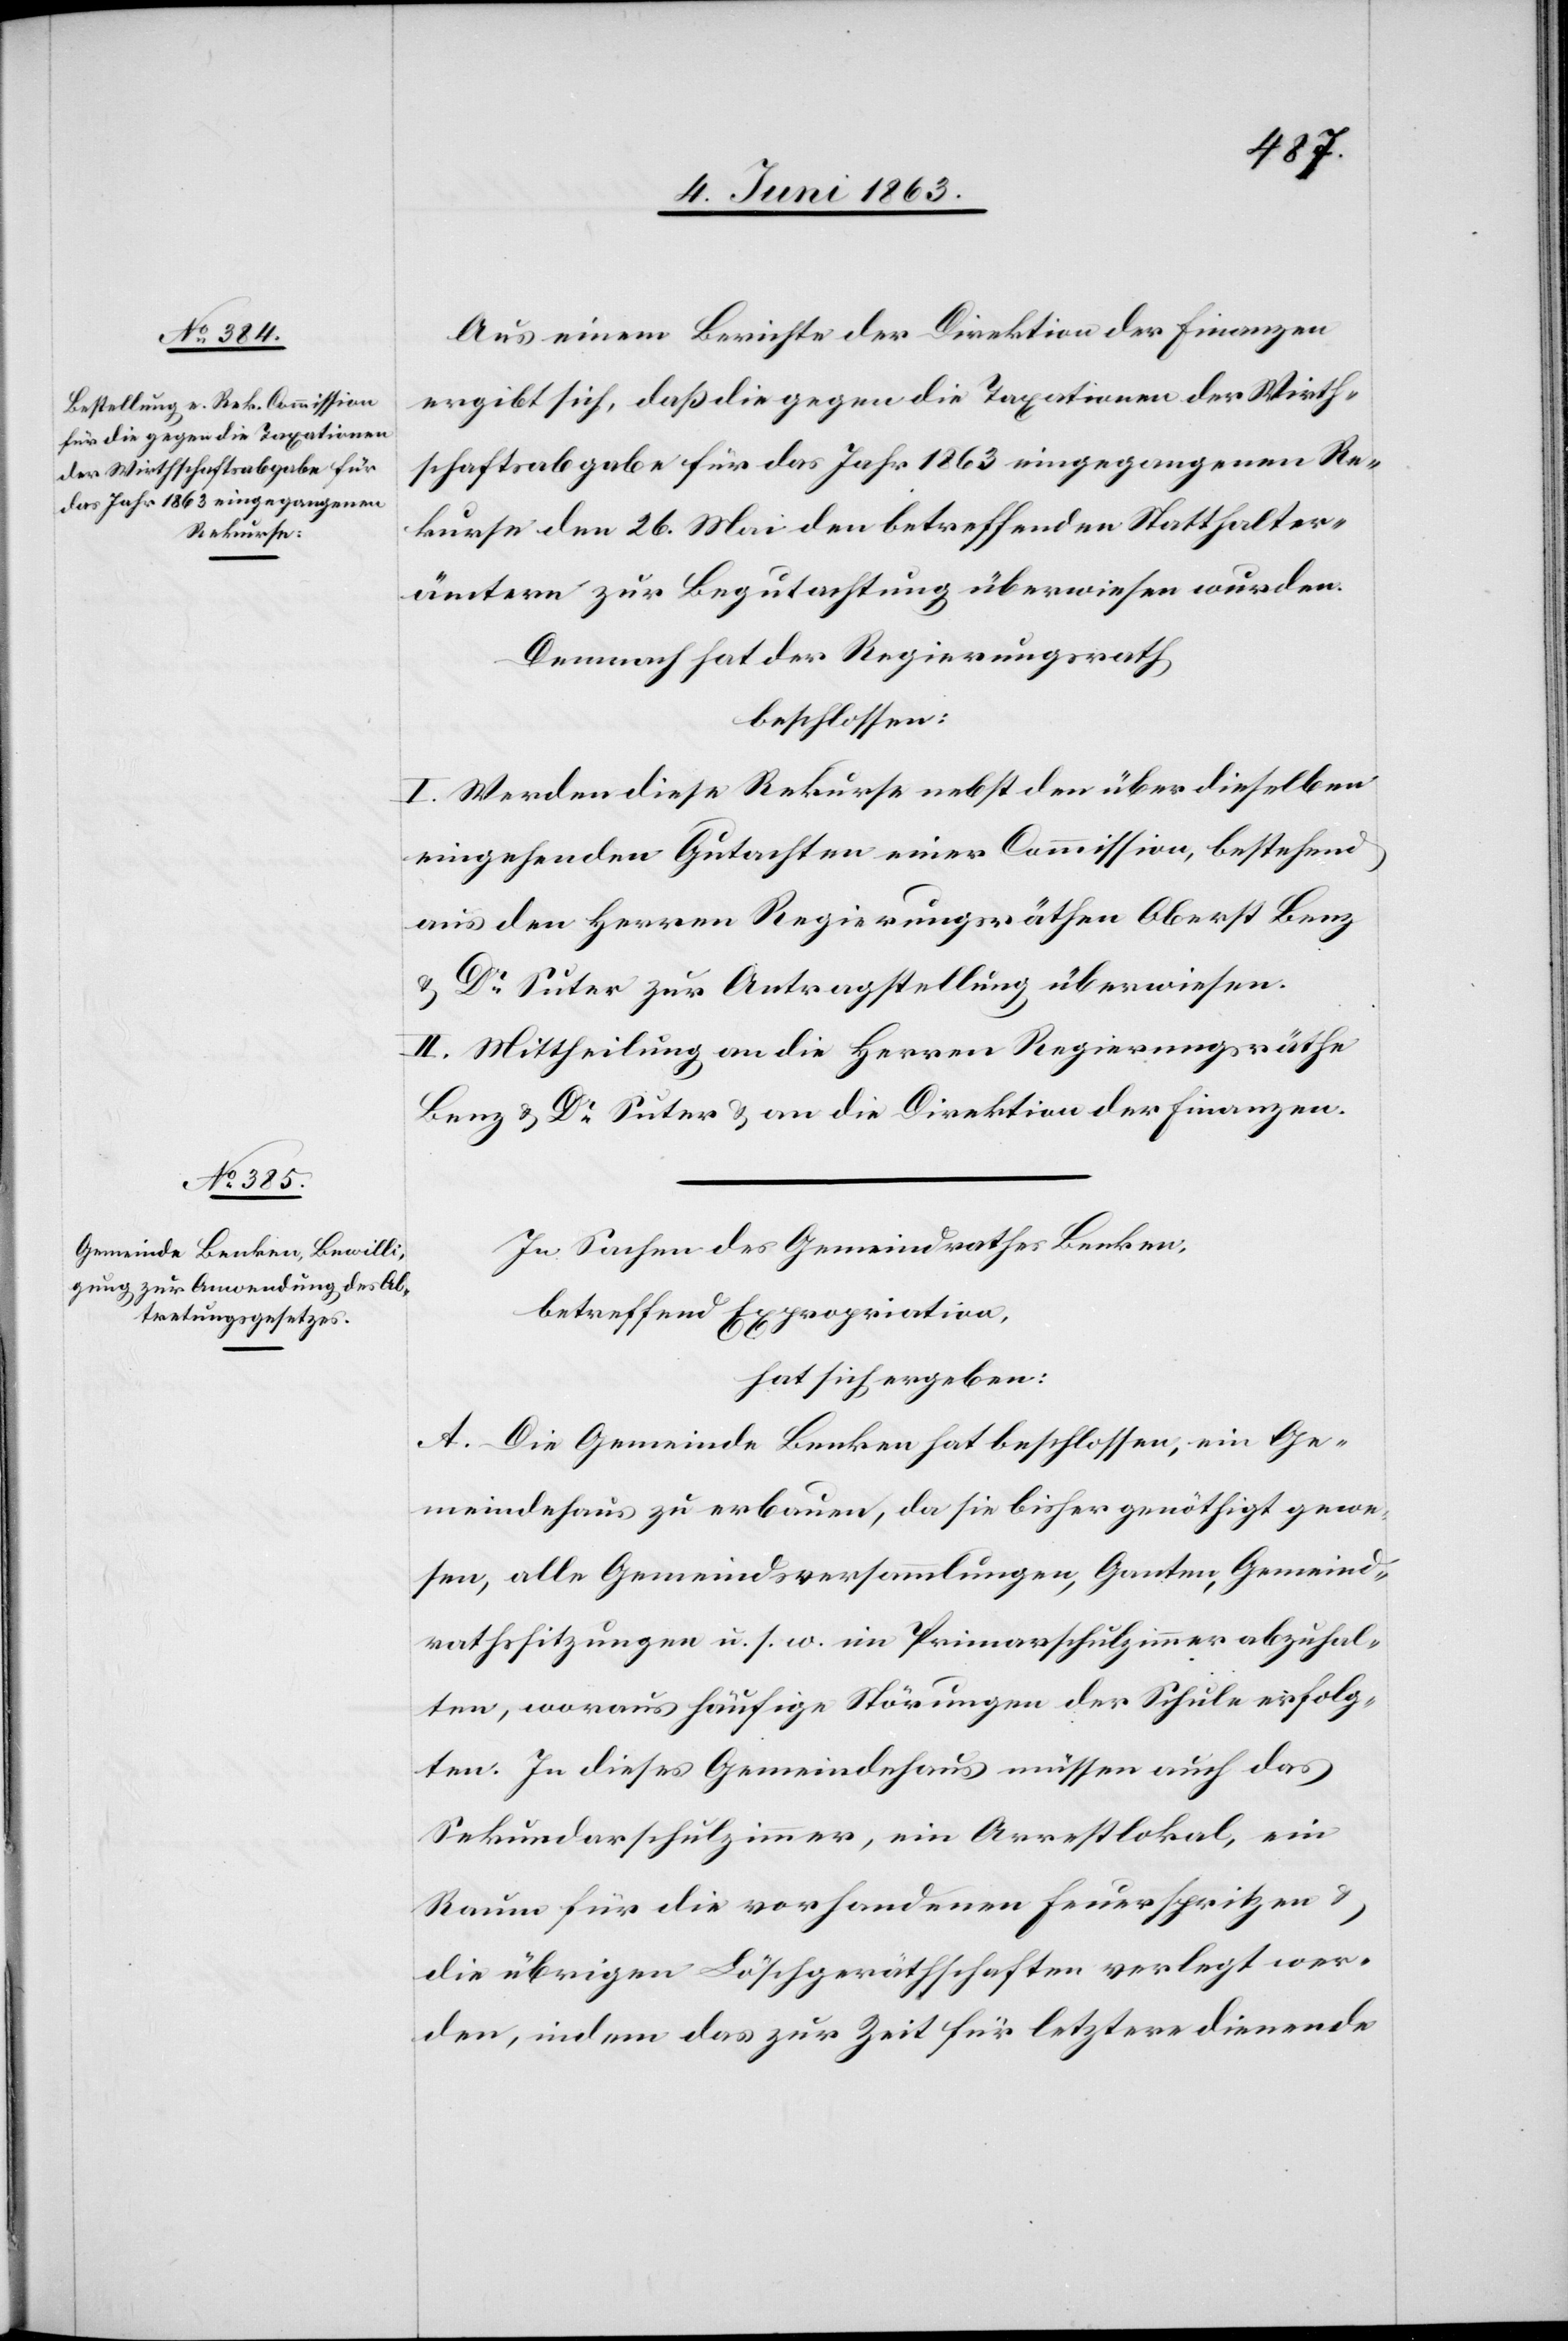
Aus einem Berichte der Direktion der Finanzen
ergibt sich, daß die gegen die Taxationen der Wirth¬
schaftsabgabe für das Jahr 1863 eingegangenen Re¬
kurse den 26. Mai den betreffenden Statthalter¬
ämtern zur Begutachtung überwiesen wurden.
Demnach hat der Regierungsrath
beschlossen:
I. Werden diese Rekurse nebst den über dieselben
eingehenden Gutachten einer Commission, bestehend
aus den Herren Regierungsräthen Oberst Benz
& Dr Suter zur Antragstellung überwiesen.
II. Mittheilung an die Herren Regierungsräthe
Benz & Dr Suter & an die Direktion der Finanzen.
In Sachen des Gemeindrathes Benken,
betreffend Expropriation,
hat sich ergeben:
A. Die Gemeinde Benken hat beschlossen, ein Ge¬
meindehaus zu erbauen, da sie bisher genöthigt gewe¬
sen, alle Gemeindsversammlungen, Ganten, Gemeind¬
rathssitzungen u. s. w. im Primarschulzimmer abzuhal¬
ten, woraus häufige Störungen der Schule erfolg¬
ten. In dieses Gemeindehaus müssen auch das
Sekundarschulzimmer, ein Arrestlokal, ein
Raum für die vorhandenen Feuerspritzen &
die übrigen Löschgeräthschaften verlegt wer¬
den, indem das zur Zeit für letztere dienende